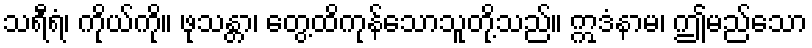
သရီရံ၊ ကိုယ်ကို။ ဖုသန္တာ၊ တွေ့ထိကုန်သောသူတို့သည်။ ဣဒံနာမ၊ ဤမည်သော